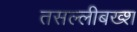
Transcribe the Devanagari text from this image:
तसल्लीबख्श